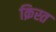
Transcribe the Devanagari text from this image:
क्रिस्त